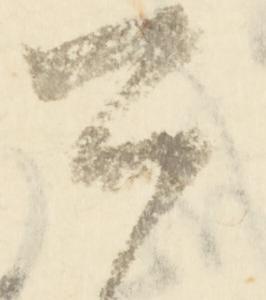
可